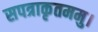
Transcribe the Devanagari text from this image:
सपत्राकृतममु।